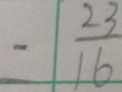
= \frac { 2 3 } { 1 6 }